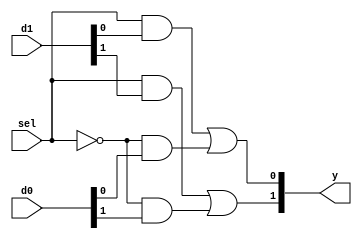
module b2_mux_2_1_comb_correct1
(
    input  [1:0] d0,
    input  [1:0] d1,
    input        sel,
    output [1:0] y
);
    assign y[0] = (sel & d1[0]) | ((~sel) & d0[0]);
    assign y[1] = (sel & d1[1]) | ((~sel) & d0[1]);
endmodule